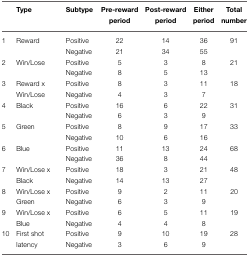
<table><thead><tr><td></td><td><b>Type</b></td><td><b>Subtype</b></td><td><b>Pre-reward period</b></td><td><b>Post-reward period</b></td><td><b>Either period</b></td><td><b>Total number</b></td></tr></thead><tbody><tr><td>1</td><td>Reward</td><td>Positive</td><td>22</td><td>14</td><td>36</td><td>91</td></tr><tr><td></td><td></td><td>Negative</td><td>21</td><td>34</td><td>55</td><td></td></tr><tr><td>2</td><td>Win/Lose</td><td>Positive</td><td>5</td><td>3</td><td>8</td><td>21</td></tr><tr><td></td><td></td><td>Negative</td><td>8</td><td>5</td><td>13</td><td></td></tr><tr><td>3</td><td>Reward x</td><td>Positive</td><td>8</td><td>3</td><td>11</td><td>18</td></tr><tr><td></td><td>Win/Lose</td><td>Negative</td><td>4</td><td>3</td><td>7</td><td></td></tr><tr><td>4</td><td>Black</td><td>Positive</td><td>16</td><td>6</td><td>22</td><td>31</td></tr><tr><td></td><td></td><td>Negative</td><td>6</td><td>3</td><td>9</td><td></td></tr><tr><td>5</td><td>Green</td><td>Positive</td><td>8</td><td>9</td><td>17</td><td>33</td></tr><tr><td></td><td></td><td>Negative</td><td>10</td><td>6</td><td>16</td><td></td></tr><tr><td>6</td><td>Blue</td><td>Positive</td><td>11</td><td>13</td><td>24</td><td>68</td></tr><tr><td></td><td></td><td>Negative</td><td>36</td><td>8</td><td>44</td><td></td></tr><tr><td>7</td><td>Win/Lose x</td><td>Positive</td><td>18</td><td>3</td><td>21</td><td>48</td></tr><tr><td></td><td>Black</td><td>Negative</td><td>14</td><td>13</td><td>27</td><td></td></tr><tr><td>8</td><td>Win/Lose x</td><td>Positive</td><td>9</td><td>2</td><td>11</td><td>20</td></tr><tr><td></td><td>Green</td><td>Negative</td><td>6</td><td>3</td><td>9</td><td></td></tr><tr><td>9</td><td>Win/Lose x</td><td>Positive</td><td>6</td><td>5</td><td>11</td><td>19</td></tr><tr><td></td><td>Blue</td><td>Negative</td><td>4</td><td>4</td><td>8</td><td></td></tr><tr><td>10</td><td>First shot</td><td>Positive</td><td>9</td><td>10</td><td>19</td><td>28</td></tr><tr><td></td><td>latency</td><td>Negative</td><td>3</td><td>6</td><td>9</td><td></td></tr></tbody></table>